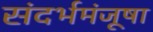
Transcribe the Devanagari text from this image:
संदर्भमंजूषा